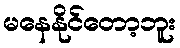
မနေနိုင်တော့ဘူး